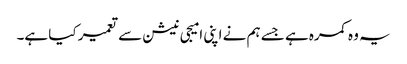
یہ وہ کمرہ ہے جسے ہم نے اپنی امیجی نیشن سے تعمیر کیا ہے۔